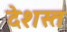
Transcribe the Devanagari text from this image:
देशस्त